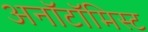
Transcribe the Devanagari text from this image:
अनॉटॉमिस्ट